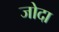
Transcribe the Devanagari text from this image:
जोदा